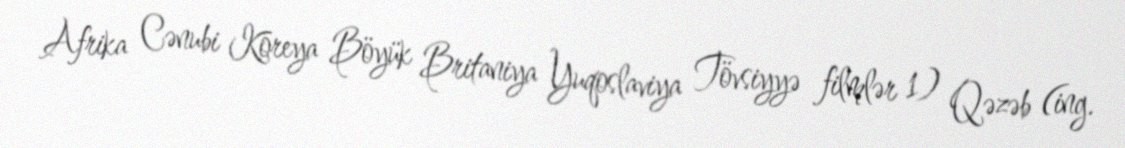
Afrika Cənubi Koreya Böyük Britaniya Yuqoslaviya Tövsiyyə filmlər 1) Qəzəb (ing.